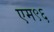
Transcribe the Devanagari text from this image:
एम९६